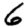
Digit: 6